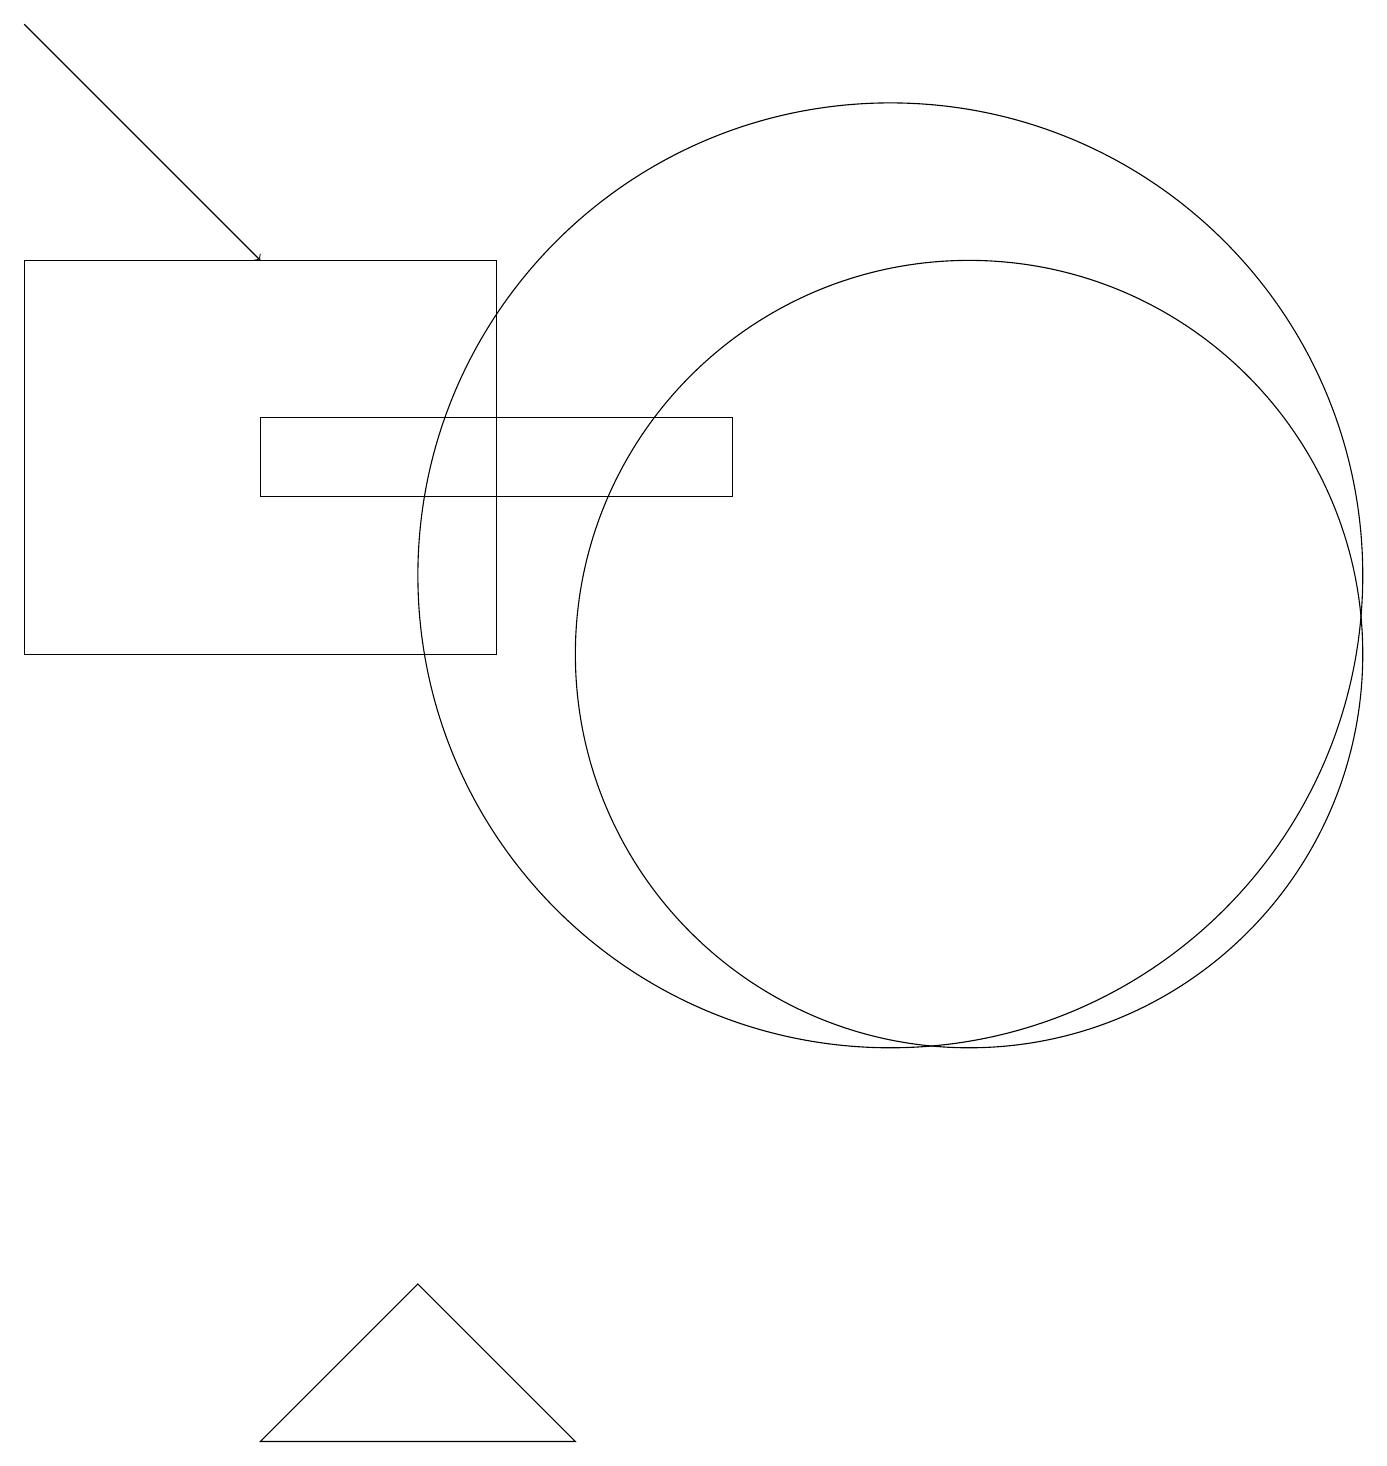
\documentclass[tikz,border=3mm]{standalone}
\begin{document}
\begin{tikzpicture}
\draw (5,2) -- (3,0) -- (7,0) -- cycle;
\draw (0,15) rectangle (6,10);
\draw (11,11) circle (6);
\draw[->] (0,18) -- (3,15);
\draw (11,10) circle (0);
\draw (9,13) rectangle (3,12);
\draw (12,10) circle (5);
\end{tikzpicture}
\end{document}